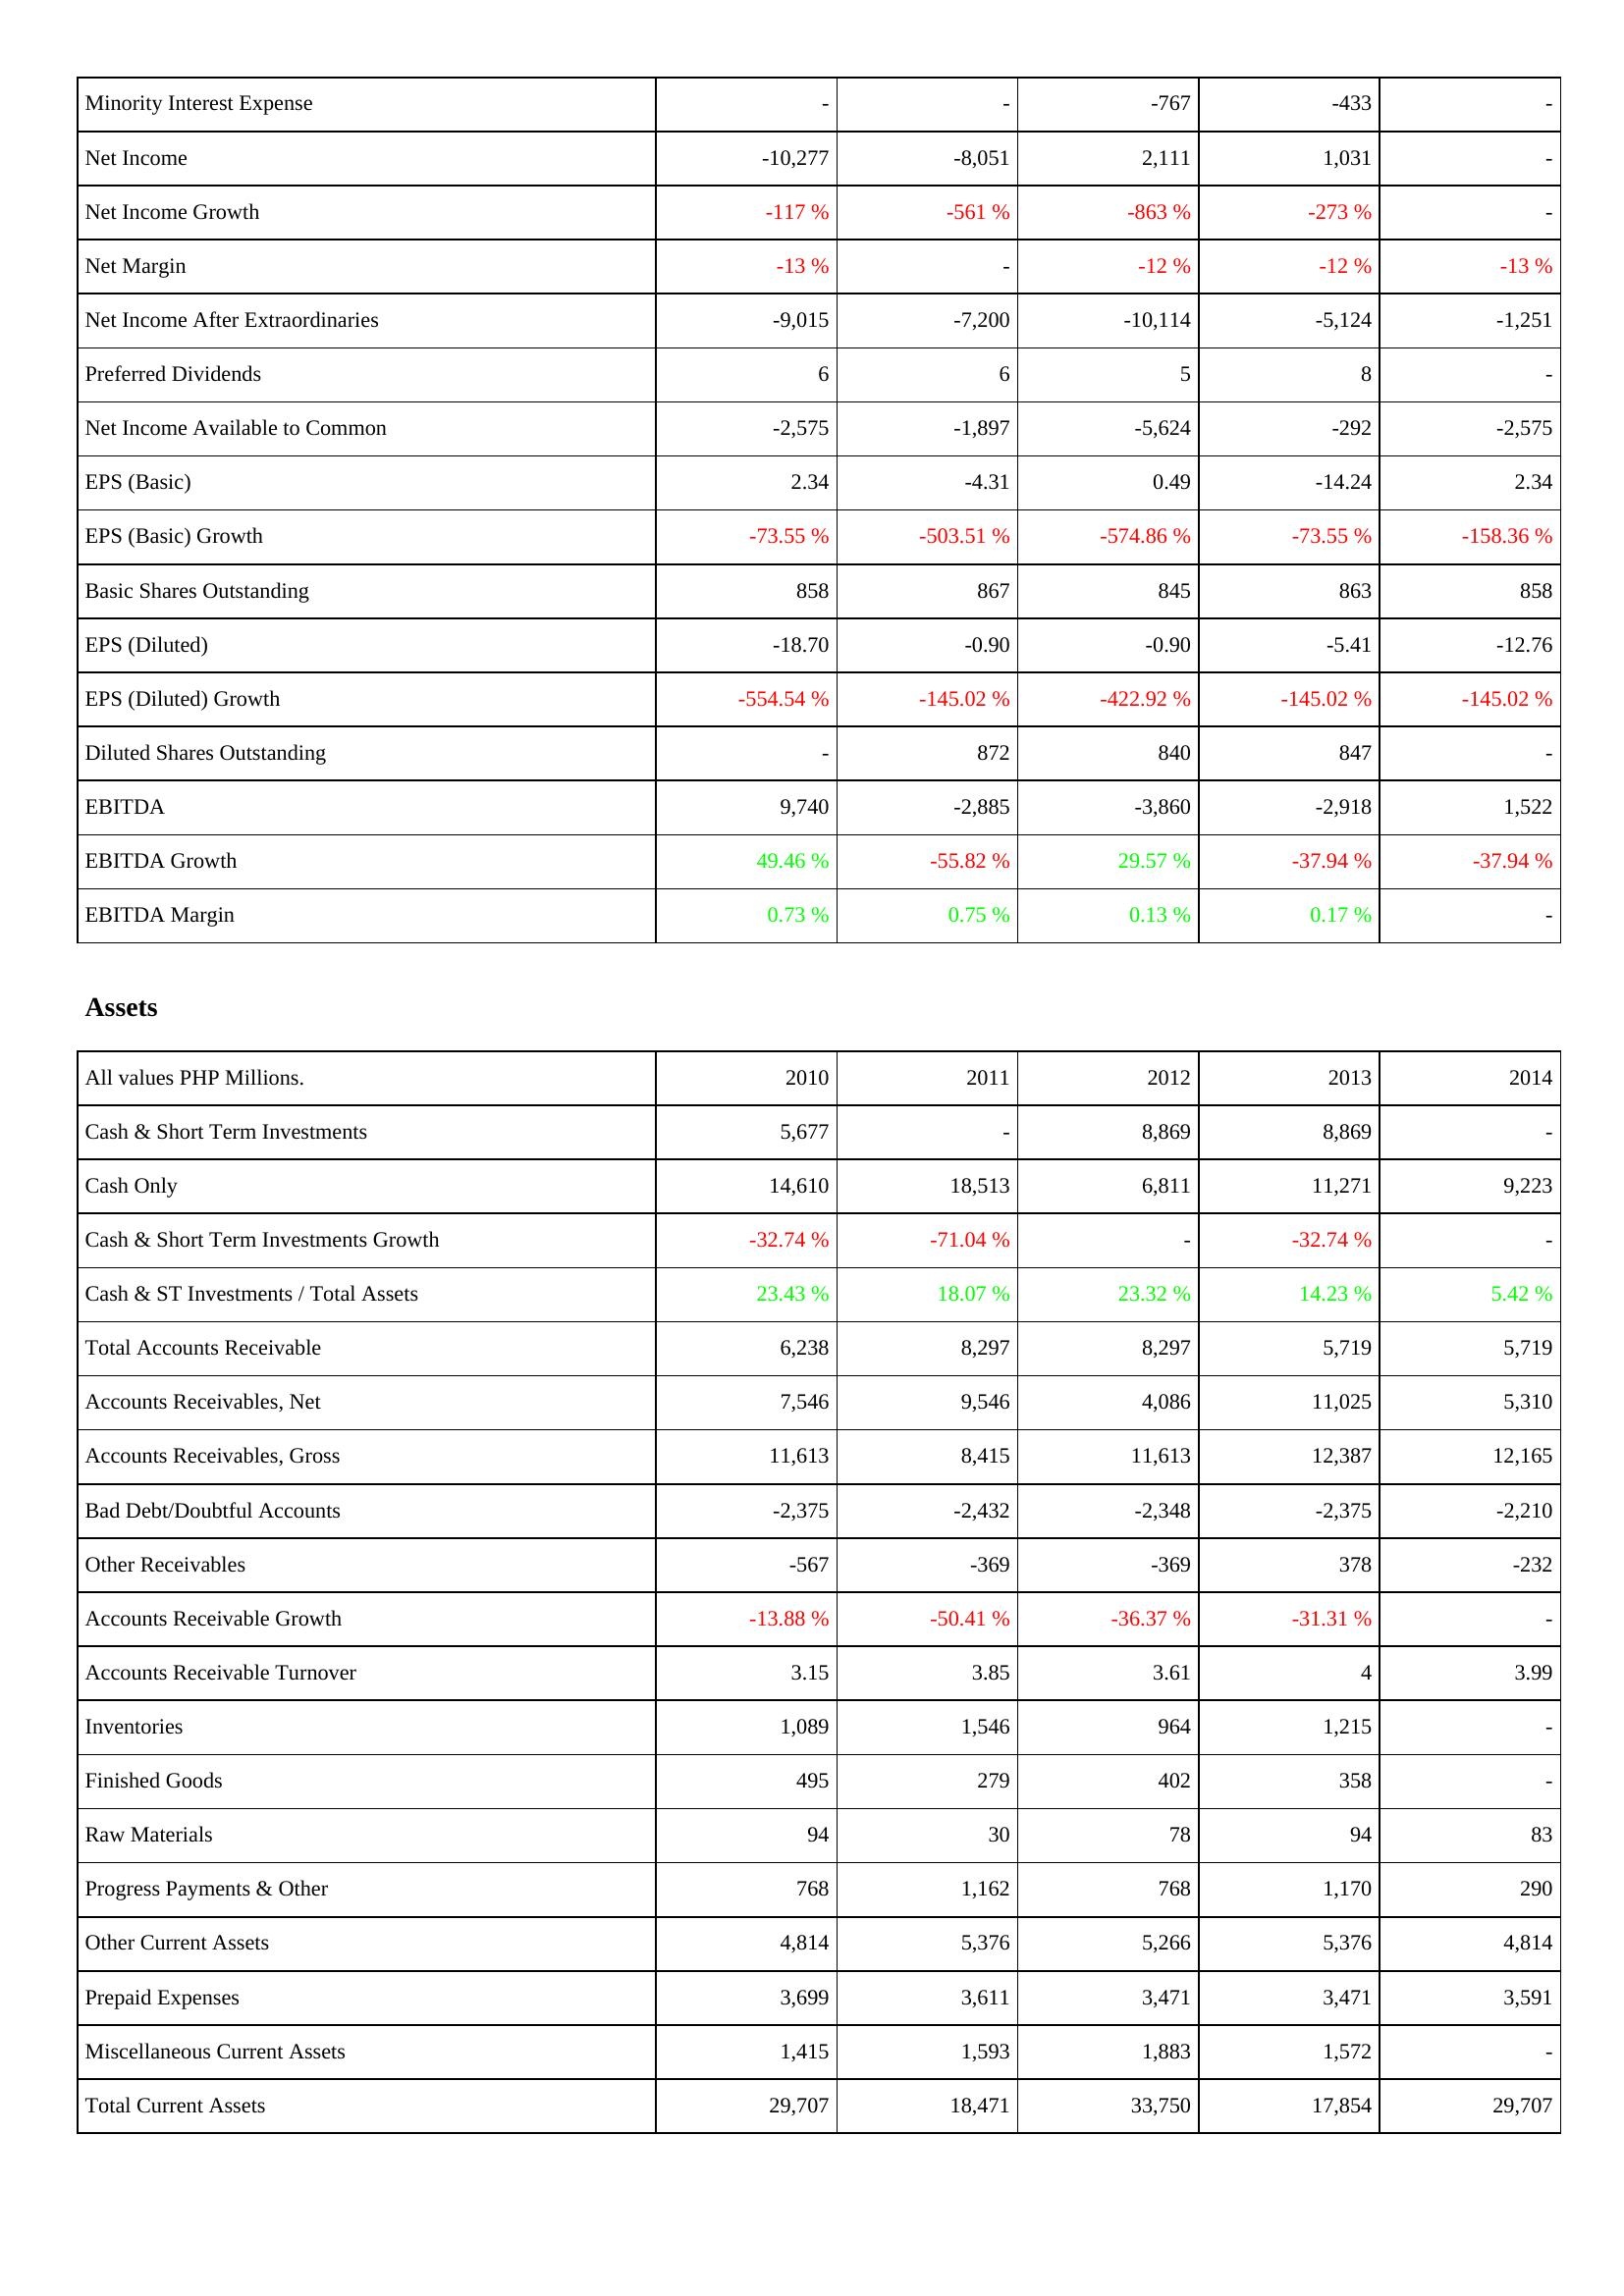
2010: Income Statement: Minority Interest Expense: -
Net Income: -10,277
Net Income Growth: -117 %
Net Margin: -13 %
Net Income After Extraordinaries: -9,015
Preferred Dividends: 6
Net Income Available to Common: -2,575
EPS (Basic): 2.34
EPS (Basic) Growth: -73.55 %
Basic Shares Outstanding: 858
EPS (Diluted): -18.70
EPS (Diluted) Growth: -554.54 %
Diluted Shares Outstanding: -
EBITDA: 9,740
EBITDA Growth: 49.46 %
EBITDA Margin: 0.73 %
Assets: Cash & Short Term Investments: 5,677
Cash Only: 14,610
Cash & Short Term Investments Growth: -32.74 %
Cash & ST Investments / Total Assets: 23.43 %
Total Accounts Receivable: 6,238
Accounts Receivables, Net: 7,546
Accounts Receivables, Gross: 11,613
Bad Debt/Doubtful Accounts: -2,375
Other Receivables: -567
Accounts Receivable Growth: -13.88 %
Accounts Receivable Turnover: 3.15
Inventories: 1,089
Finished Goods: 495
Raw Materials: 94
Progress Payments & Other: 768
Other Current Assets: 4,814
Prepaid Expenses: 3,699
Miscellaneous Current Assets: 1,415
Total Current Assets: 29,707
2011: Income Statement: Minority Interest Expense: -
Net Income: -8,051
Net Income Growth: -561 %
Net Margin: -
Net Income After Extraordinaries: -7,200
Preferred Dividends: 6
Net Income Available to Common: -1,897
EPS (Basic): -4.31
EPS (Basic) Growth: -503.51 %
Basic Shares Outstanding: 867
EPS (Diluted): -0.90
EPS (Diluted) Growth: -145.02 %
Diluted Shares Outstanding: 872
EBITDA: -2,885
EBITDA Growth: -55.82 %
EBITDA Margin: 0.75 %
Assets: Cash & Short Term Investments: -
Cash Only: 18,513
Cash & Short Term Investments Growth: -71.04 %
Cash & ST Investments / Total Assets: 18.07 %
Total Accounts Receivable: 8,297
Accounts Receivables, Net: 9,546
Accounts Receivables, Gross: 8,415
Bad Debt/Doubtful Accounts: -2,432
Other Receivables: -369
Accounts Receivable Growth: -50.41 %
Accounts Receivable Turnover: 3.85
Inventories: 1,546
Finished Goods: 279
Raw Materials: 30
Progress Payments & Other: 1,162
Other Current Assets: 5,376
Prepaid Expenses: 3,611
Miscellaneous Current Assets: 1,593
Total Current Assets: 18,471
2012: Income Statement: Minority Interest Expense: -767
Net Income: 2,111
Net Income Growth: -863 %
Net Margin: -12 %
Net Income After Extraordinaries: -10,114
Preferred Dividends: 5
Net Income Available to Common: -5,624
EPS (Basic): 0.49
EPS (Basic) Growth: -574.86 %
Basic Shares Outstanding: 845
EPS (Diluted): -0.90
EPS (Diluted) Growth: -422.92 %
Diluted Shares Outstanding: 840
EBITDA: -3,860
EBITDA Growth: 29.57 %
EBITDA Margin: 0.13 %
Assets: Cash & Short Term Investments: 8,869
Cash Only: 6,811
Cash & Short Term Investments Growth: -
Cash & ST Investments / Total Assets: 23.32 %
Total Accounts Receivable: 8,297
Accounts Receivables, Net: 4,086
Accounts Receivables, Gross: 11,613
Bad Debt/Doubtful Accounts: -2,348
Other Receivables: -369
Accounts Receivable Growth: -36.37 %
Accounts Receivable Turnover: 3.61
Inventories: 964
Finished Goods: 402
Raw Materials: 78
Progress Payments & Other: 768
Other Current Assets: 5,266
Prepaid Expenses: 3,471
Miscellaneous Current Assets: 1,883
Total Current Assets: 33,750
2013: Income Statement: Minority Interest Expense: -433
Net Income: 1,031
Net Income Growth: -273 %
Net Margin: -12 %
Net Income After Extraordinaries: -5,124
Preferred Dividends: 8
Net Income Available to Common: -292
EPS (Basic): -14.24
EPS (Basic) Growth: -73.55 %
Basic Shares Outstanding: 863
EPS (Diluted): -5.41
EPS (Diluted) Growth: -145.02 %
Diluted Shares Outstanding: 847
EBITDA: -2,918
EBITDA Growth: -37.94 %
EBITDA Margin: 0.17 %
Assets: Cash & Short Term Investments: 8,869
Cash Only: 11,271
Cash & Short Term Investments Growth: -32.74 %
Cash & ST Investments / Total Assets: 14.23 %
Total Accounts Receivable: 5,719
Accounts Receivables, Net: 11,025
Accounts Receivables, Gross: 12,387
Bad Debt/Doubtful Accounts: -2,375
Other Receivables: 378
Accounts Receivable Growth: -31.31 %
Accounts Receivable Turnover: 4
Inventories: 1,215
Finished Goods: 358
Raw Materials: 94
Progress Payments & Other: 1,170
Other Current Assets: 5,376
Prepaid Expenses: 3,471
Miscellaneous Current Assets: 1,572
Total Current Assets: 17,854
2014: Income Statement: Minority Interest Expense: -
Net Income: -
Net Income Growth: -
Net Margin: -13 %
Net Income After Extraordinaries: -1,251
Preferred Dividends: -
Net Income Available to Common: -2,575
EPS (Basic): 2.34
EPS (Basic) Growth: -158.36 %
Basic Shares Outstanding: 858
EPS (Diluted): -12.76
EPS (Diluted) Growth: -145.02 %
Diluted Shares Outstanding: -
EBITDA: 1,522
EBITDA Growth: -37.94 %
EBITDA Margin: -
Assets: Cash & Short Term Investments: -
Cash Only: 9,223
Cash & Short Term Investments Growth: -
Cash & ST Investments / Total Assets: 5.42 %
Total Accounts Receivable: 5,719
Accounts Receivables, Net: 5,310
Accounts Receivables, Gross: 12,165
Bad Debt/Doubtful Accounts: -2,210
Other Receivables: -232
Accounts Receivable Growth: -
Accounts Receivable Turnover: 3.99
Inventories: -
Finished Goods: -
Raw Materials: 83
Progress Payments & Other: 290
Other Current Assets: 4,814
Prepaid Expenses: 3,591
Miscellaneous Current Assets: -
Total Current Assets: 29,707